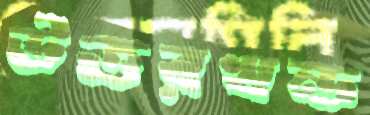
উত্তরখন্ড